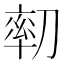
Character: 𠞻